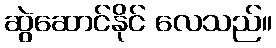
ဆွဲဆောင်နိုင် လေသည်။